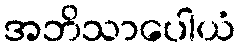
အဘိသာပေါယံ